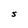
Character: S